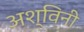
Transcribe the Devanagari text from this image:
अश्‍विनी